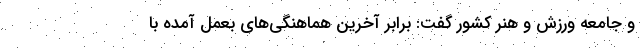
و جامعه ورزش و هنر کشور گفت: برابر آخرین هماهنگی‌های بعمل آمده با